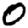
Digit: 0